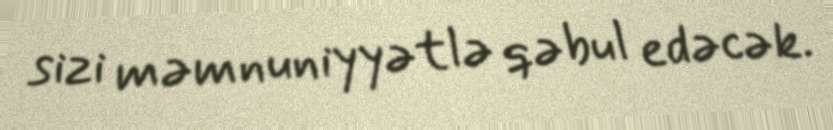
sizi məmnuniyyətlə qəbul edəcək.